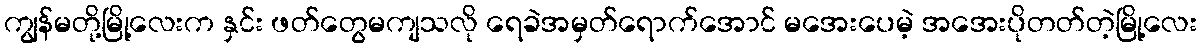
ကျွန်မတို့မြို့လေးက နှင်း ဖတ်တွေမကျသလို ရေခဲအမှတ်ရောက်အောင် မအေးပေမဲ့ အအေးပိုတတ်တဲ့မြို့လေး